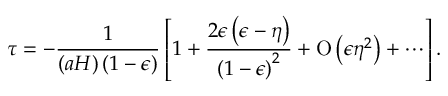
\tau = - { \frac { 1 } { \left( a H \right) \left( 1 - \epsilon \right) } } \left[ 1 + { \frac { 2 \epsilon \left( \epsilon - \eta \right) } { \left( 1 - \epsilon \right) ^ { 2 } } } + \mathrm { O } \left( \epsilon \eta ^ { 2 } \right) + \cdots \right] .